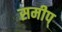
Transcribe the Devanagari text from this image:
समीप्